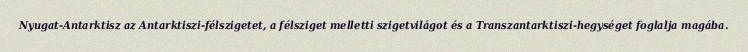
Nyugat-Antarktisz az Antarktiszi-félszigetet, a félsziget melletti szigetvilágot és a Transzantarktiszi-hegységet foglalja magába.